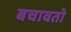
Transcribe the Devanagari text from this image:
बचावतो